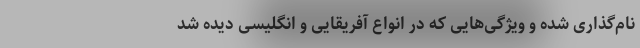
نام‌گذاری شده و ویژگی‌هایی که در انواع آفریقایی و انگلیسی دیده شد